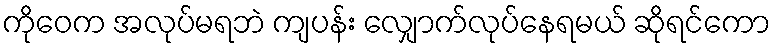
ကိုဝေက အလုပ်မရဘဲ ကျပန်း လျှောက်လုပ်နေရမယ် ဆိုရင်ကော